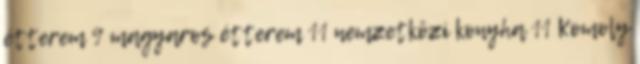
étterem 9 magyaros étterem 11 nemzetközi konyha 11 Komoly